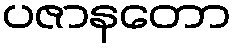
ပဇာနတော